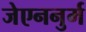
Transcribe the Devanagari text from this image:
जेएननुर्म